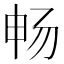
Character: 畅